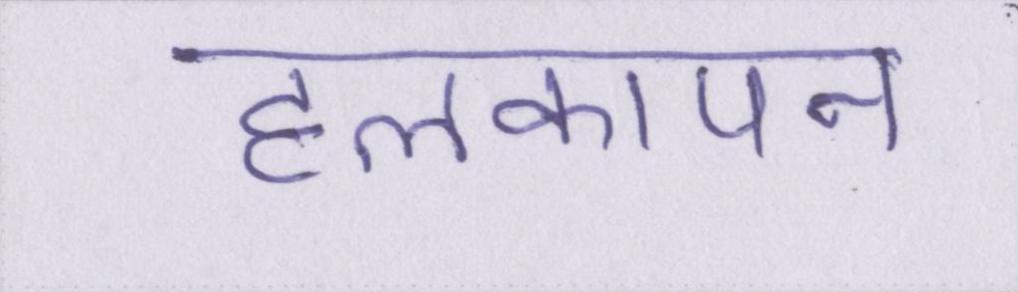
हलकापन